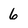
Character: 6